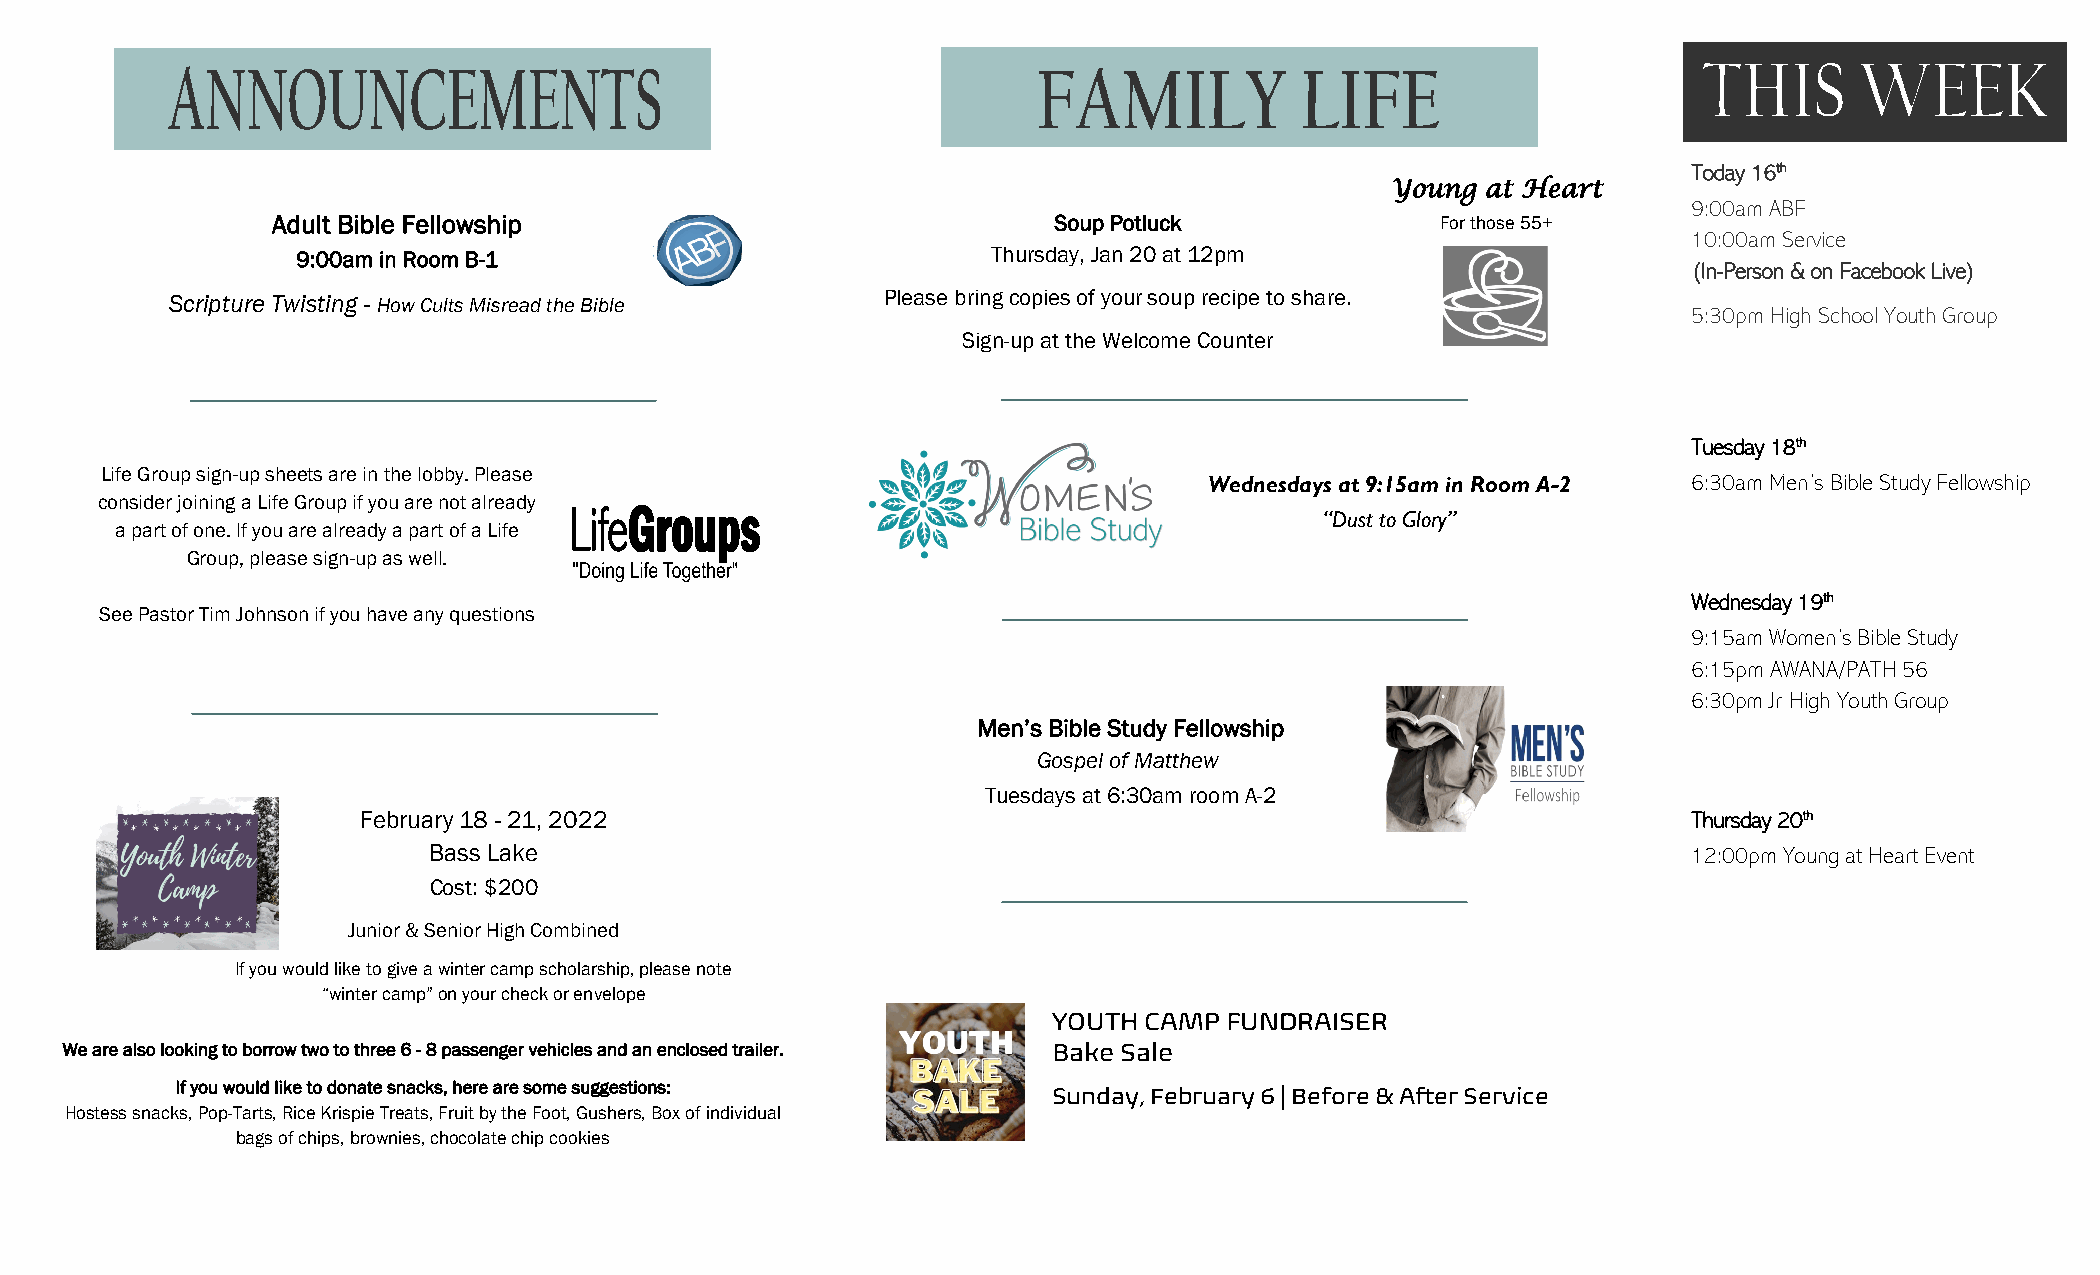
Today 16th
 Young at Heart
 9:00am ABF
 Adult Bible Fellowship                              Soup Potluck             For those 55+
 10:00am Service
 9:00am in Room B-1                            Thursday, Jan 20 at 12pm
 (In-Person & on Facebook Live)
 Scripture Twisting - How Cults Misread the Bible Please bring copies of your soup recipe to share.
 5:30pm High School Youth Group
 Sign-up at the Welcome Counter
 Tuesday 18th
 Life Group sign-up sheets are in the lobby. Please
 Wednesdays at 9:15am in Room A-2 6:30am Men’s Bible Study Fellowship
 consider joining a Life Group if you are not already
 “Dust to Glory”
 a part of one. If you are already a part of a Life
 Group, please sign-up as well.
 Wednesday 19th
 See Pastor Tim Johnson if you have any questions
 9:15am Women’s Bible Study
 6:15pm AWANA/PATH 56
 6:30pm Jr High Youth Group
 Men’s Bible Study Fellowship
 Gospel of Matthew
 Tuesdays at 6:30am room A-2
 February 18 - 21, 2022                                                                  Thursday 20th
 Bass Lake                                                                           12:00pm Young at Heart Event
 Cost: $200
 Junior & Senior High Combined
 If you would like to give a winter camp scholarship, please note
 “winter camp” on your check or envelope
 YOUTH CAMP FUNDRAISER
 We are also looking to borrow two to three 6 - 8 passenger vehicles and an enclosed trailer. Bake Sale
 If you would like to donate snacks, here are some suggestions:
 Sunday, February 6 | Before & After Service
 Hostess snacks, Pop-Tarts, Rice Krispie Treats, Fruit by the Foot, Gushers, Box of individual
 bags of chips, brownies, chocolate chip cookies